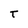
Character: T